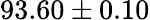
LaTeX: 93.60\pm 0.10